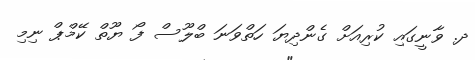
ދ. ވާނީގައި ކުރިއަށް ގެންދިޔަ ހަތްވަނަ ބްލޫސް ފޯ ޔޫތް ކޭމްޕް ނިމި